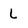
Character: L